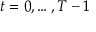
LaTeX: t = 0 , \dots , T - 1